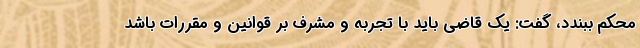
محکم ببندد، گفت: یک قاضی باید با تجربه و مشرف بر قوانین و مقررات باشد